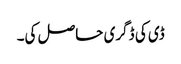
ڈی کی ڈگری حاصل کی۔